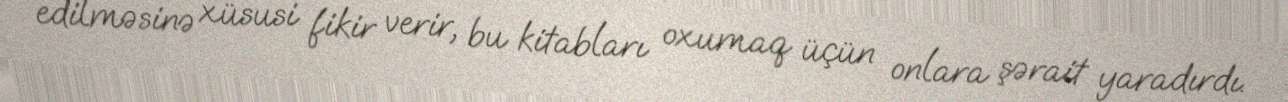
edilməsinə xüsusi fikir verir, bu kitabları oxumaq üçün onlara şərait yaradırdı.